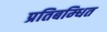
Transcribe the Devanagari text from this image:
प्रतिबम्धित